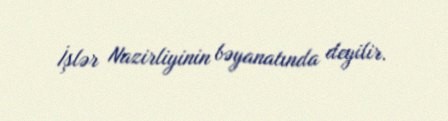
İşlər Nazirliyinin bəyanatında deyilir.